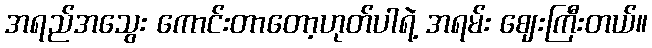
အရည်အသွေး ကောင်းတာတော့ဟုတ်ပါရဲ့ အရမ်း ဈေးကြီးတယ်။